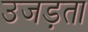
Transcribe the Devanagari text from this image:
उजड़ता